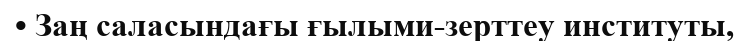
• Заң саласындағы ғылыми-зерттеу институты,